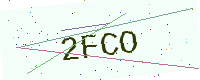
Text: 2FCO